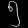
Digit: ၅